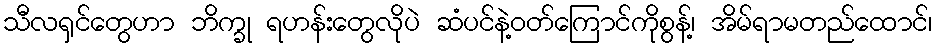
သီလရှင်တွေဟာ ဘိက္ခု ရဟန်းတွေလိုပဲ ဆံပင်နဲ့ဝတ်ကြောင်ကိုစွန့်၊ အိမ်ရာမတည်ထောင်၊